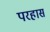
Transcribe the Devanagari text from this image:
परहास